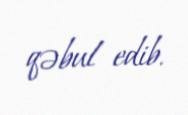
qəbul edib.